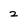
Character: 2